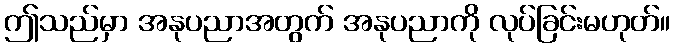
ဤသည်မှာ အနုပညာအတွက် အနုပညာကို လုပ်ခြင်းမဟုတ်။